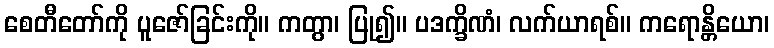
စေတီတော်ကို ပူဇော်ခြင်းကို။ ကတွာ၊ ပြု၍။ ပဒက္ခိဏံ၊ လက်ယာရစ်။ ကရောန္တိယော၊